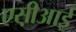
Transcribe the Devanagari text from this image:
एस़ीआई